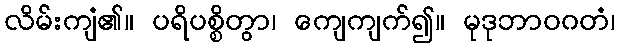
လိမ်းကျံ၏။ ပရိပစ္စိတွာ၊ ကျေကျက်၍။ မုဒုဘာဝဂတံ၊